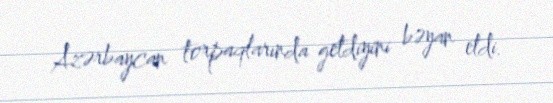
Azərbaycan torpaqlarında getdiyini bəyan etdi.